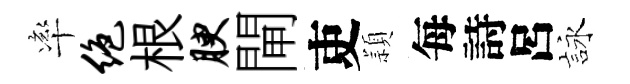
率绝根腴閘吏頴每詩呂詠